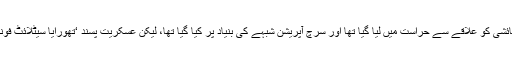
جس کے بعد ایک اور پولیس افسر نے بتایا کہ ایک مقامی رہائشی کو علاقے سے حراست میں لیا گیا تھا اور سرچ آپریشن شبہے کی بنیاد پر کیا گیا تھا، لیکن عسکریت پسند ‘تھورایا سیٹلائٹ فونز’کو استعمال کرنے کے بعد فرار ہونے میں کامیاب ہوگئے۔